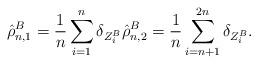
LaTeX: \begin{align*}\hat{\rho}_{n,1}^B = \frac{1}{n}\sum_{i=1}^n \delta_{Z_i^B} \hat{\rho}_{n,2}^B = \frac{1}{n}\sum_{i=n+1}^{2n} \delta_{Z_i^B}. \end{align*}